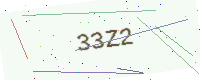
Text: 33Z2